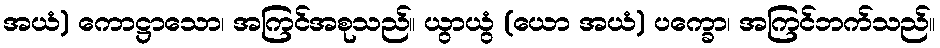
အယံ) ကောဋ္ဌာသော၊ အကြင်အစုသည်။ ယွာယွံ (ယော အယံ) ပက္ခော၊ အကြင်ဘက်သည်။